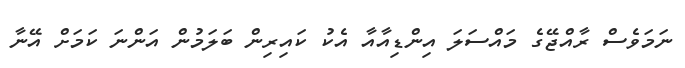
ނަމަވެސް ރާއްޖޭގެ މައްސަލަ އިންޑިއާއާ އެކު ކައިރިން ބަލަމުން އަންނަ ކަމަށް އޭނާ